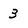
Character: 3